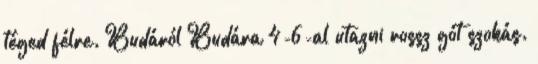
téged félre. Budáról Budára 4-6-al utazni rossz gót szokás.